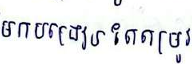
មកបង្រៀនកែតម្រូវ